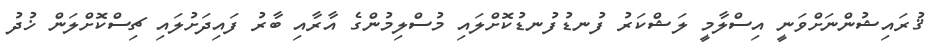
ޤުރައިޝުންނަށްވަނީ އިސްލާމީ ލަޝްކަރު ފުނޑުފުނޑުކޮށްލައި މުސްލިމުންގެ އާރާއި ބާރު ފައިދަށުލައި ޗިސްކޮށްލަން ޚުދު